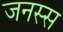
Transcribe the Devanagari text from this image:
जनस्स